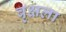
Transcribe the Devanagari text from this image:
वृक्षला